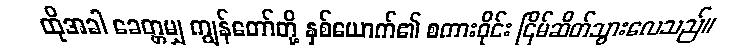
ထိုအခါ ခေတ္တမျှ ကျွန်တော်တို့ နှစ်ယောက်၏ စကားဝိုင်း ငြိမ်ဆိတ်သွားလေသည်။